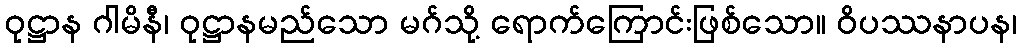
ဝုဋ္ဌာန ဂါမိနီ၊ ဝုဋ္ဌာနမည်သော မဂ်သို့ ရောက်ကြောင်းဖြစ်သော။ ဝိပဿနာပန၊